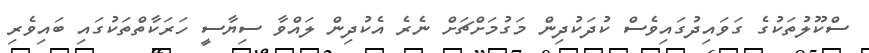
ސްކޫލުތަކުގެ ގަވައިދުގައިވެސް ކުދަކުދިން މަގުމަށްޗަށް ނެރެ އެކުދިން ލައްވާ ސިޔާސީ ހަރަކާތްތަކުގައި ބައިވެރި